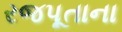
રજપૂતાના